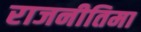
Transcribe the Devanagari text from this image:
राजनीतिमा